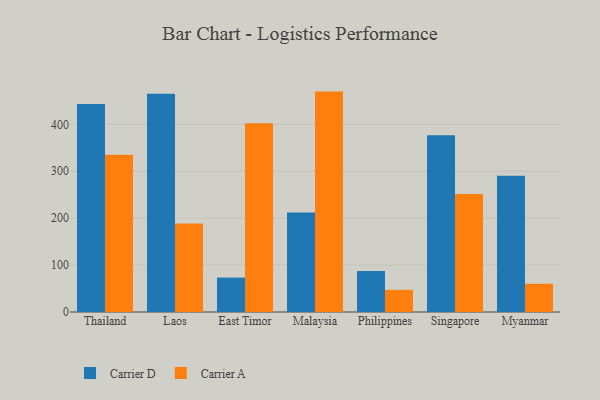
{"axis": {"x": "Country", "y": "Active Users"}, "legend": ["Carrier A", "Carrier D"], "data": [{"x": "Thailand", "y": 443.4, "type": "Carrier D"}, {"x": "Thailand", "y": 335.2, "type": "Carrier A"}, {"x": "Laos", "y": 464.9, "type": "Carrier D"}, {"x": "Laos", "y": 188.7, "type": "Carrier A"}, {"x": "East Timor", "y": 73.4, "type": "Carrier D"}, {"x": "East Timor", "y": 402.5, "type": "Carrier A"}, {"x": "Malaysia", "y": 212.2, "type": "Carrier D"}, {"x": "Malaysia", "y": 469.7, "type": "Carrier A"}, {"x": "Philippines", "y": 87.4, "type": "Carrier D"}, {"x": "Philippines", "y": 47.3, "type": "Carrier A"}, {"x": "Singapore", "y": 376.9, "type": "Carrier D"}, {"x": "Singapore", "y": 251.3, "type": "Carrier A"}, {"x": "Myanmar", "y": 290.4, "type": "Carrier D"}, {"x": "Myanmar", "y": 60.3, "type": "Carrier A"}]}